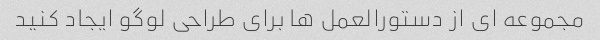
مجموعه ای از دستورالعمل ها برای طراحی لوگو ایجاد کنید